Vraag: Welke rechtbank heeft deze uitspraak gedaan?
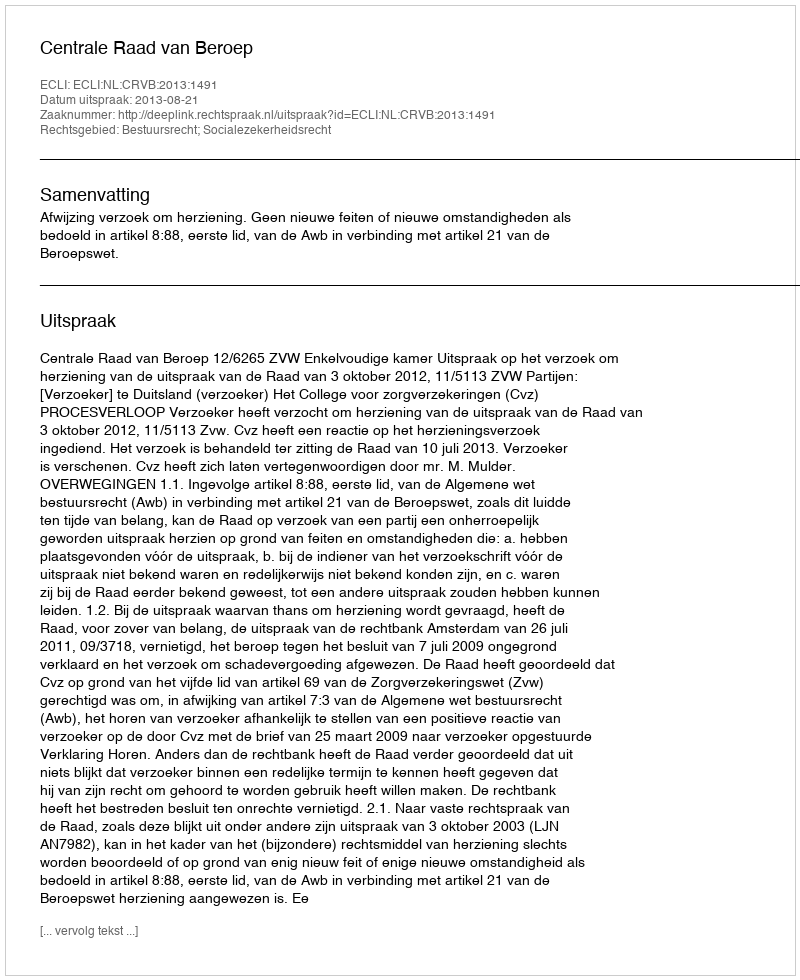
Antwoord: Centrale Raad van Beroep